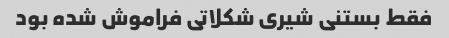
فقط بستنی شیری شکلاتی فراموش شده بود